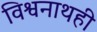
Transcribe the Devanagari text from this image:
विश्वनाथही